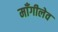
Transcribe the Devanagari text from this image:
माँगीलेव